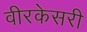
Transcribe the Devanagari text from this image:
वीरकेसरी